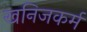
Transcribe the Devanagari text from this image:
खनिजकर्म